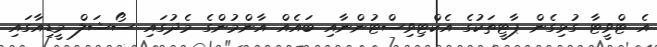
އެ ޓްވީޓާ ގުޅިގެން ޕާޓީތަކުގެ އެކްޓިވިސްޓުންނާއި ބައެއް އާންމުންގެ މެދުގައި ސޯޝަލް މީޑިއާގައި